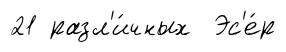
21 разл'и́чных Эс'е́р